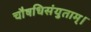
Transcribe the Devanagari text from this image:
चौषधिसंयुताम्।